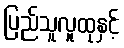
ပြည်သူလူထုနှင့်